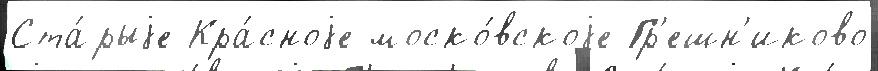
Ста́рыjе Кра́сноjе моско́вскоjе Гр'ешн'иково